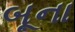
બૂના